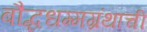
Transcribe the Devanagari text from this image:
बौद्धधम्मग्रंथाची